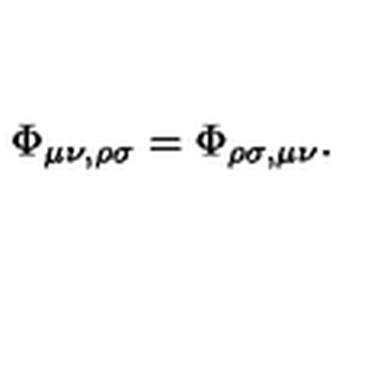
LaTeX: \Phi _ { \mu \nu , \rho \sigma } = \Phi _ { \rho \sigma , \mu \nu } .